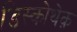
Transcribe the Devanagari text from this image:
डिस्कोथेक़